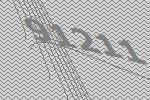
91211